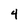
Character: 4